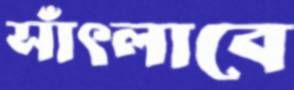
সাঁৎলাবে